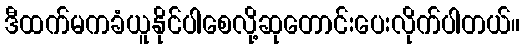
ဒီထက်မကခံယူနိုင်ပါစေလို့ဆုတောင်းပေးလိုက်ပါတယ်။